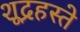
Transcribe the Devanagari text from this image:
शूद्रहस्ते